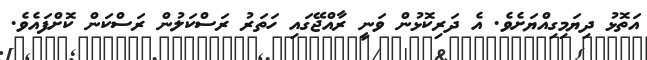
އަތޮޅު ދިޔަމިގިއްޔަށެވެ. އެ ދަރިކޮޅުން ވަނީ ރާއްޖޭގައި ހަތަރު ރަސްކަލުން ރަސްކަން ކޮށްފައެވެ.